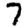
Digit: 7